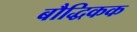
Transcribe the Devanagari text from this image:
बौद्धिकक